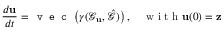
\frac { d \mathbf { u } } { d t } = \texttt { v e c } \left( \gamma ( \mathcal { G } _ { \mathbf { u } } , \hat { \mathcal { G } } ) \right) , \quad \mathrm { ~ w ~ i ~ t ~ h ~ } \mathbf { u } ( 0 ) = \mathbf { z }